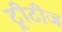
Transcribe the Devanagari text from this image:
ट्रीटीज